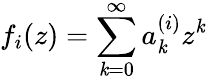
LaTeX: f_{i}(z)=\sum_{\mathit{k}=0}^{\infty}a_{\mathit{k}}^{(i)}z^{\mathit{k}}